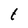
Character: t